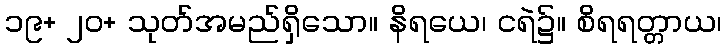
၁၉+ ၂၀+ သုတ်အမည်ရှိသော။ နိရယေ၊ ငရဲ၌။ စိရရတ္တာယ၊